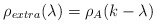
\begin{align*}\rho_{extra} (\lambda ) = \rho_{A} (k-\lambda )\end{align*}